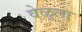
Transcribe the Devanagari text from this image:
वेळूला